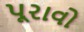
પૂરાવો